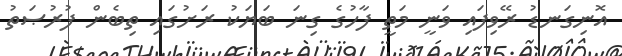
އޮނިގަނޑު ރޭވިފައި ވަނީ މަތީ ފާހުގެ ގިނަ ބަޔަކު ރަށުގައި ތިބެން ފުރުޞަތު